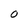
Character: 0